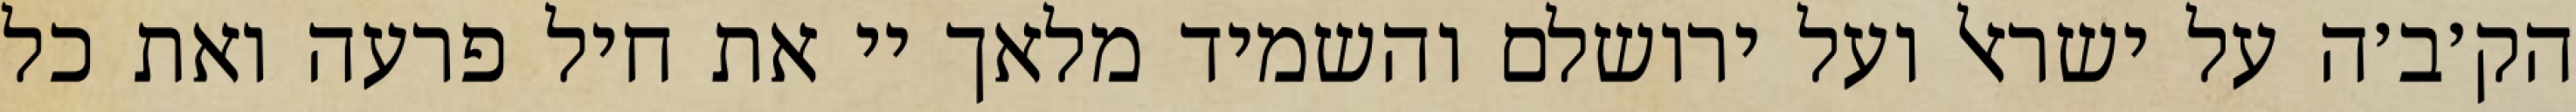
הק׳ב׳ה על ישראל ועל ירושלם והשמיד מלאך יי את חיל פרעה ואת כל